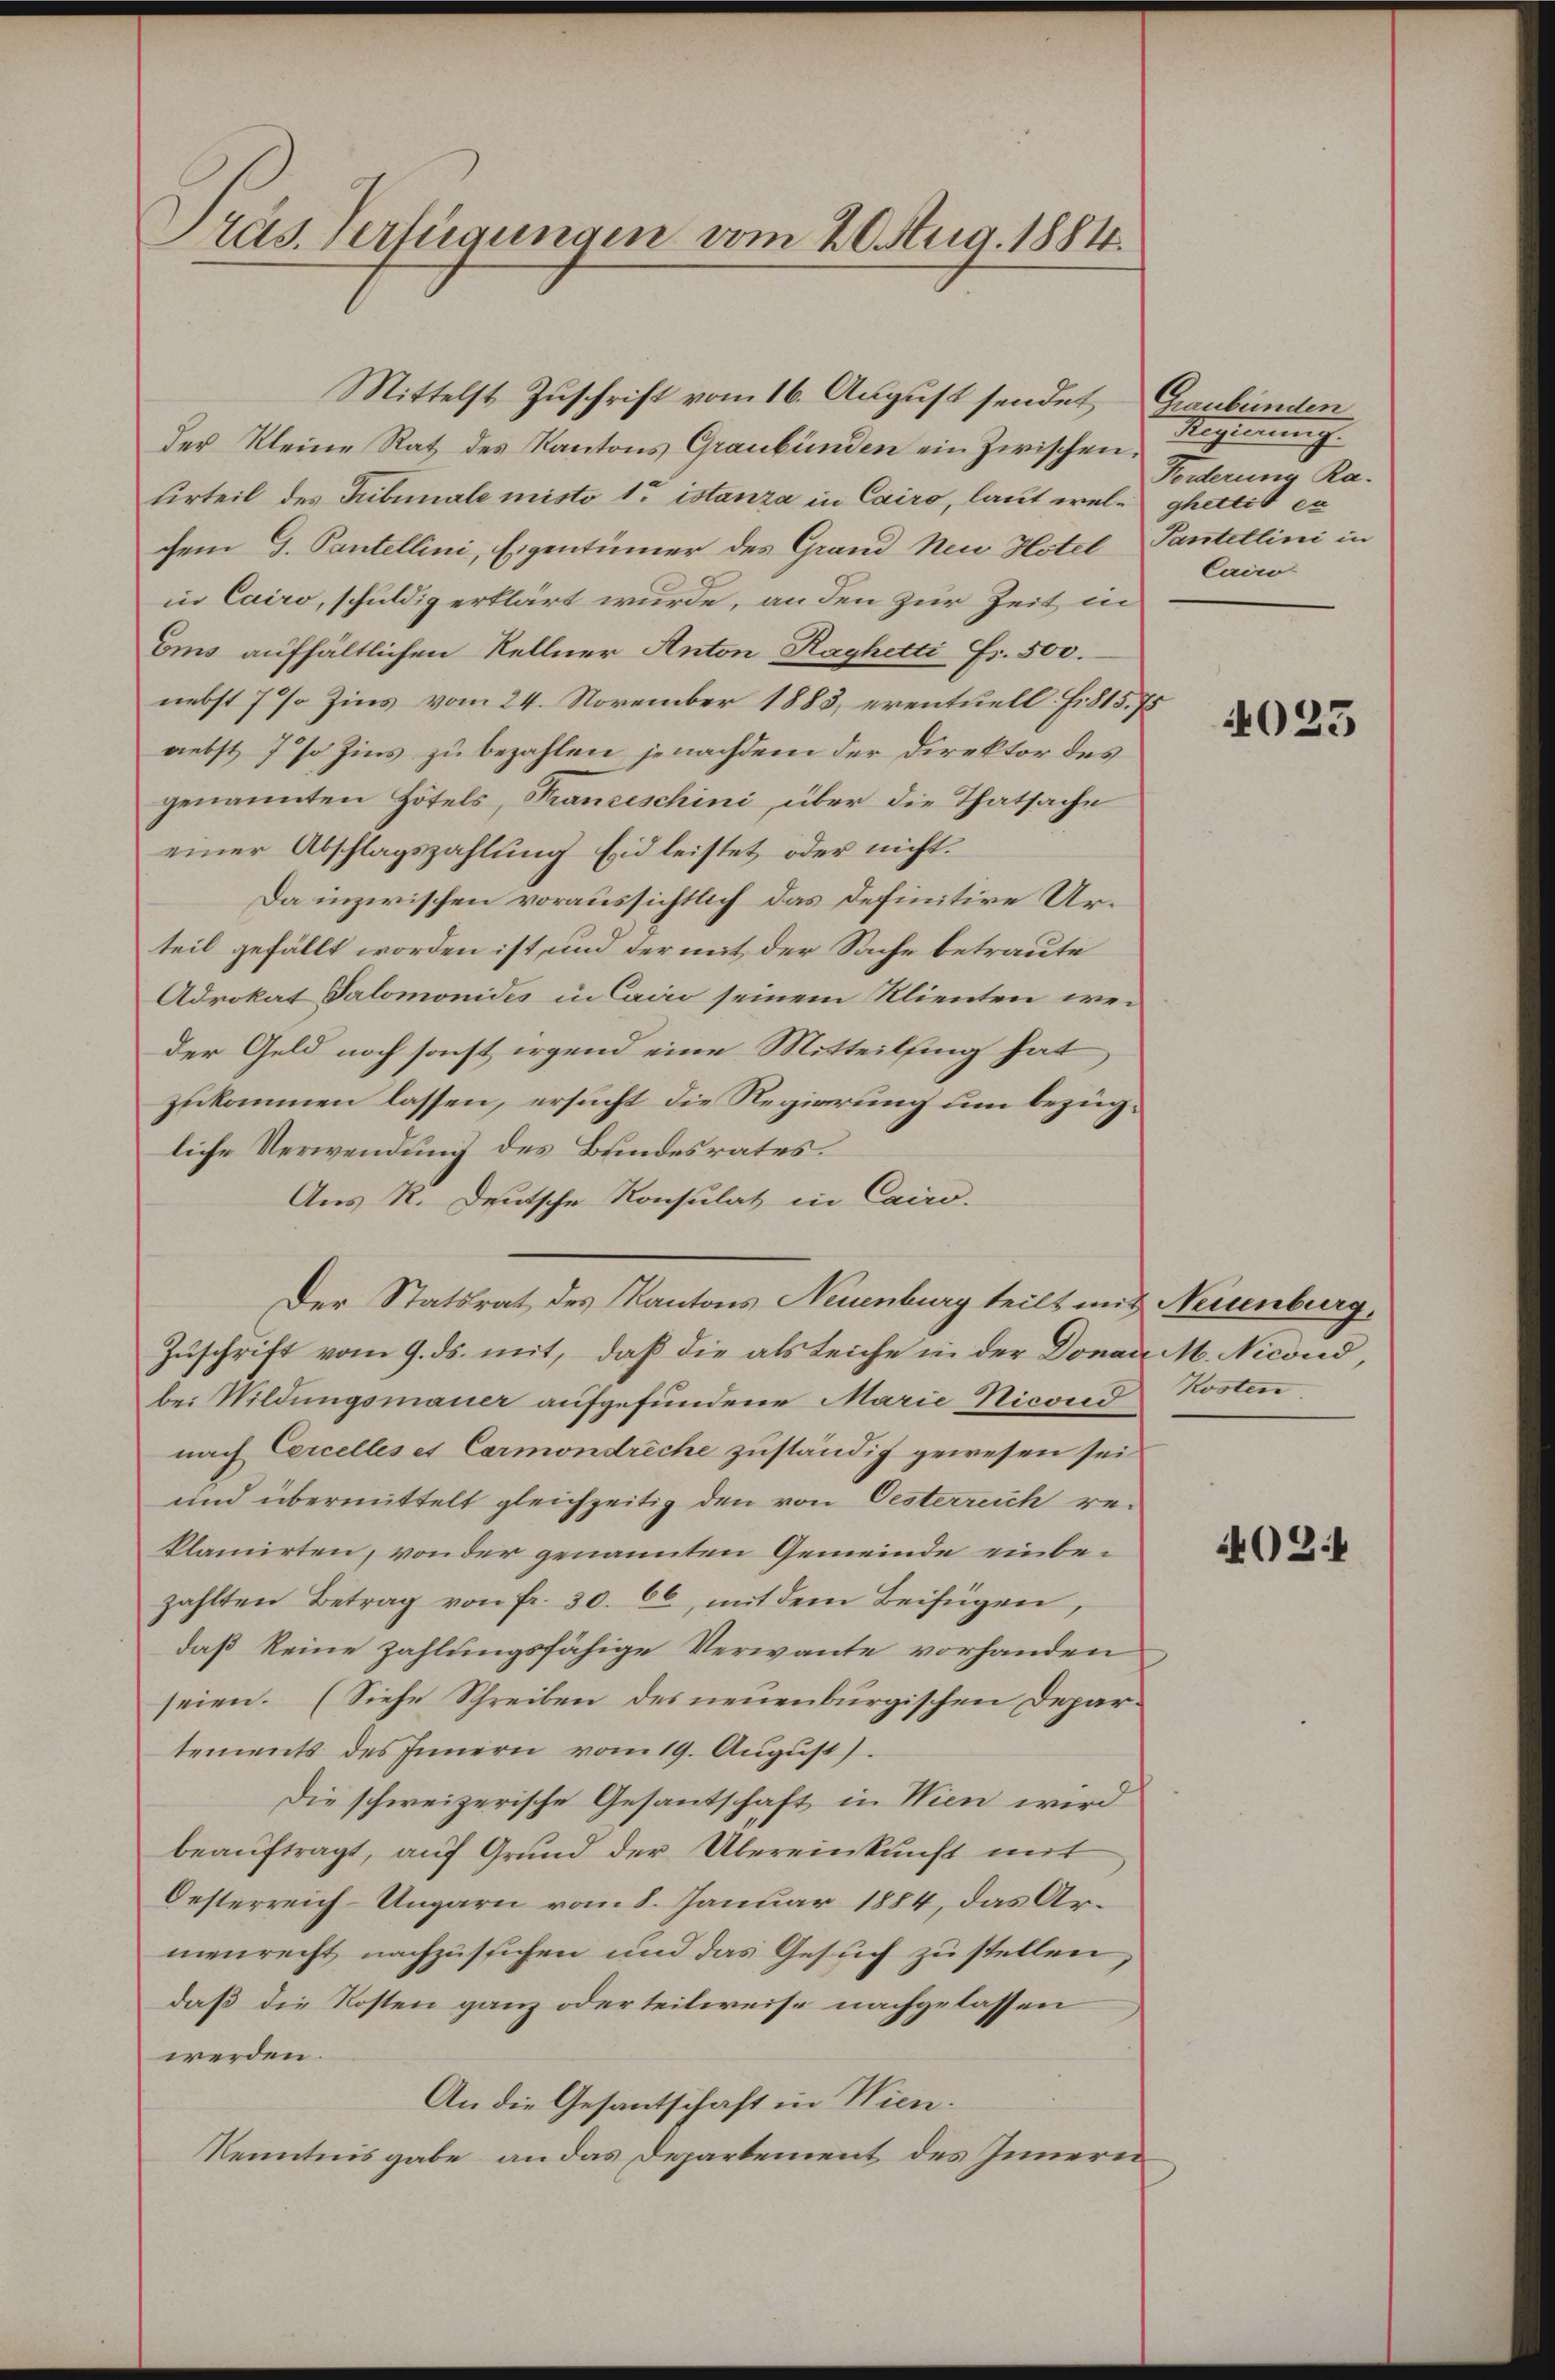
Präs. Verfügungen vom 20. Aug. 1884.

der Kleine Rat des Kantons Graubünden ein Zwischen.
urteil des Tribunale misto 1 istanza in Cairo, laut wel- ghettit ex
chem G. Pantellini, Eigentümer des Grand Neue Hotel Pantellini in
in Cairo, schuldig erklärt wurde, an den zur Zeit in
Ems aufhältlichen Kellner Anton Raghetti Fr. 500.
nebst 7 % Zins vom 24. November 1883, eventuell f. 815. 75
nebst 7 % Zins zu bezahlen jenachdem der Direktor des
genannten Hotels, Franzeschini, über die Thatsache
einer Abschlagszahlung Eid leistet oder nicht.
Da inzwischen voraussichtlich das Definitive Urteil gefällt worden ist, und der mit der Sache betraute
Adrokat Salomonides in Caar seinem Klienten weider Geld noch sonst irgend eine Mitteilfing hat
zukommen lassen, ersucht die Regierung um bezügliche Verwendung des Bundesrates.
Aus R. Deutsche Konsulat in Cairo.
Zuschrift vom 9. ds. mit, daß die als Leiche in der Donau M. Nicond,
be. Wildungsmauer aufgefundene Marie Nicond Kosten
nach Cercelles et Carmondreche zuständig gewesen sei
und übermittelt gleichzeitig den von Oesterreich reklamirten, von der genannten Gemeinde einbezahlten Betrag von fr. 30. 66, mit dem Beifügen,
daß keine zahlungsfähige Verwante vorhanden
seien. (Siehe Schreiben des neuenburgischen Departements des Innern vom 19. August)
Die schweizerische Gesantschaft in Wien wird
beaŭftragt, auf Grund der Übereinkunft mit
Oesterreich-Ungarn vom 8. Januar 1884, das Armenrecht nachzusuchen und das Gesuch zu stellen,
daß die Kosten ganz oder teilweise nachgelassen
werden.
An die Gesantschaft in Wien.
Kenntnisgabe an das Departement des Innern

Mittelst Zuschrift vom 16. August sendet Graubünden

Der Statsrat des Kantons Neuenburg teilt mit Neuenburg,

Regierung
Forderung Ra-
Cairo

4023

4021